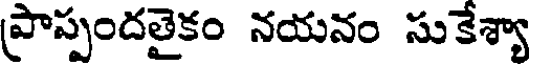
(పాప్పందతైకం నయనం సుకేశ్యా